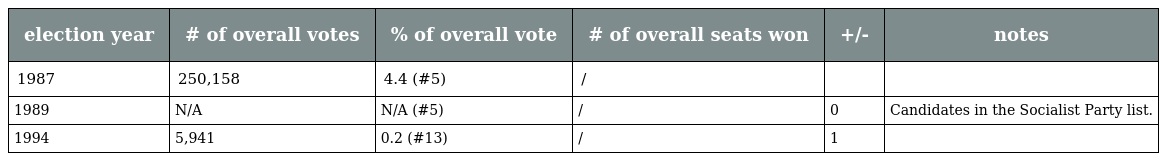
| election year | # of overall votes | % of overall vote | # of overall seats won | +/- | notes |
 | --- | --- | --- | --- | --- | --- |
 | 1987 | 250,158 | 4.4 (#5) | / |  |  |
 | 1989 | N/A | N/A (#5) | / | 0 | Candidates in the Socialist Party list. |
 | 1994 | 5,941 | 0.2 (#13) | / | 1 |  |